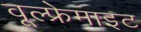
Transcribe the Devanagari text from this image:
वूल्फ्रेमाइट